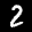
Label: 2